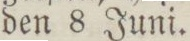
den 8 Juni.